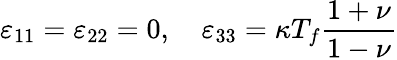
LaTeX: \varepsilon_{11}=\varepsilon_{22}=0,\quad\varepsilon_{33}=\kappa T_{f}\frac{1+\nu}{1-\nu}